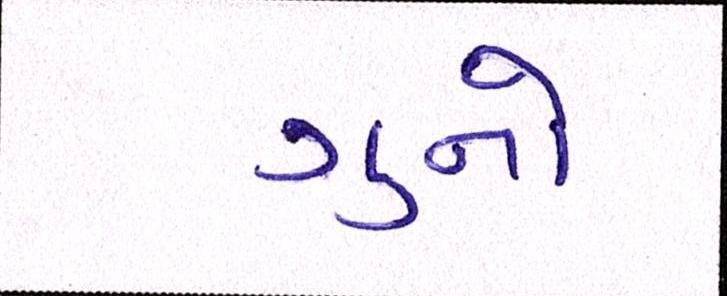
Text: ગુનો